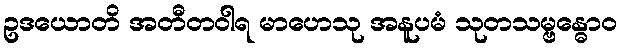
ဥဒယောတိ အတီတဝါရ မာဟေသု အနူပမံ သုတသမ္ဗန္ဓောဝ